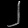
Digit: ၂